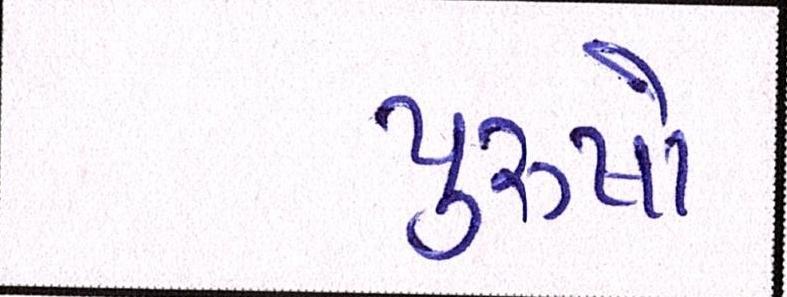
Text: પુરૂષો